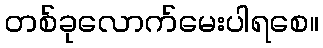
တစ်ခုလောက်မေးပါရစေ။